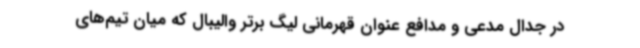
در جدال مدعی و مدافع عنوان قهرمانی لیگ برتر والیبال که میان تیم‌های